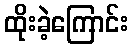
ထိုးခဲ့ကြောင်း